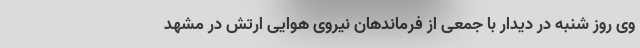
وی روز شنبه در دیدار با جمعی از فرماندهان نیروی هوایی ارتش در مشهد